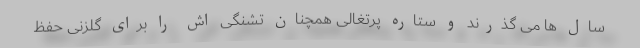
سال ها می گذرند و ستاره پرتغالی همچنان تشنگی اش را برای گلزنی حفظ